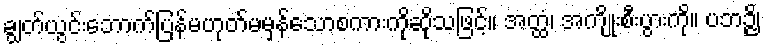
ချွတ်ယွင်းဘောက်ပြန်မဟုတ်မမှန်သောစကားကိုဆိုသဖြင့်။ အတ္ထံ၊ အကျိုးစီးပွားကို။ ပဘဉ္ဇိ၊